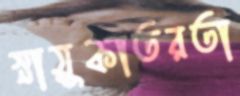
স্নায়ুকাতরতা